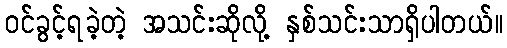
ဝင်ခွင့်ရခဲ့တဲ့ အသင်းဆိုလို့ နှစ်သင်းသာရှိပါတယ်။